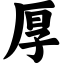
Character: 厚